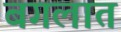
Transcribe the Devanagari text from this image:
बगलात